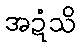
အဍံသိ